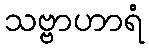
သဗ္ဗာဟာရံ